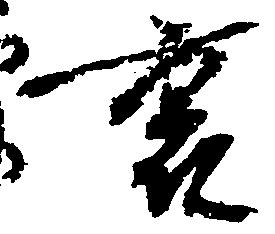
裏